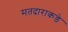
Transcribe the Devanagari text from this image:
मतदाराकडे